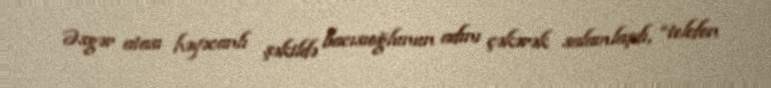
Əsgər atası həyəcanlı şəkildə bacısıoğlunun adını çəkərək salamlaşdı, “telefon